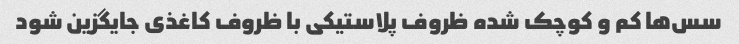
سس‌ها کم و کوچک شده ظروف پلاستیکی با ظروف کاغذی جایگزین شود